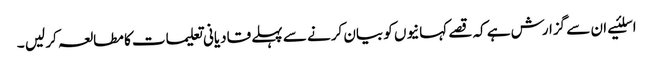
اسلئیے ان سے گزارش ہے کہ قصے کہانیوں کو بیان کرنے سے پہلے قادیانی تعلیمات کا مطالعہ کر لیں ۔